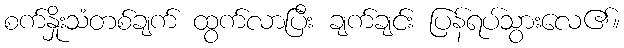
စက်နှိုးသံတစ်ချက် ထွက်လာပြီး ချက်ချင်း ပြန်ရပ်သွားလေ၏။